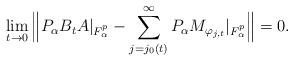
LaTeX: \begin{align*}\lim_{t \to 0} \Big \| P_\alpha B_t A|_{F_\alpha^p} - \sum_{j=j_0(t)}^\infty P_\alpha M_{\varphi_{j,t}}|_{F_\alpha^p} \Big \| = 0.\end{align*}